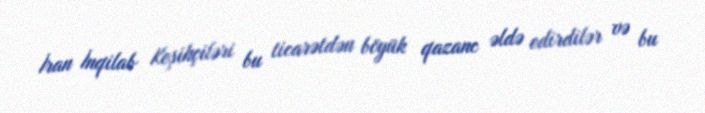
İran İnqilab Keşikçiləri bu ticarətdən böyük qazanc əldə edirdilər və bu